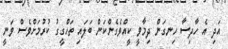
އަދި އެ ހާދިސާ ހިނގަން ދިމާވީ ކީއްވެގެންކަން ބަލައި ތަހްގީގު ކުރުމަށްވެސް ވަނީ